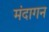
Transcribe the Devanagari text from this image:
मंदागन